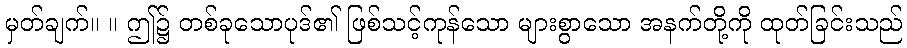
မှတ်ချက်။ ။ ဤ၌ တစ်ခုသောပုဒ်၏ ဖြစ်သင့်ကုန်သော များစွာသော အနက်တို့ကို ထုတ်ခြင်းသည်